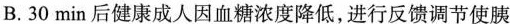
B.30min后健康成人因血糖浓度降低，进行反馈调节使胰